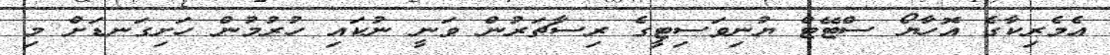
އެމެރިކާގެ އޮހާޔޯ ސްޓޭޓް ޔުނިވަސިޓީގެ ރިސާޗަރުން ވަނީ ނުކައި ހުރުމުން ހަށިގަނޑަށް މި